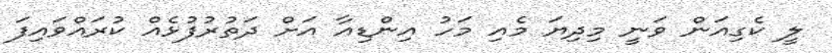
ލީ ކެގިއަން ވަނީ މިދިޔަ މެއި މަހު އިންޑިއާ އަށް ދަތުރުފުޅެއް ކުރައްވައިފަ